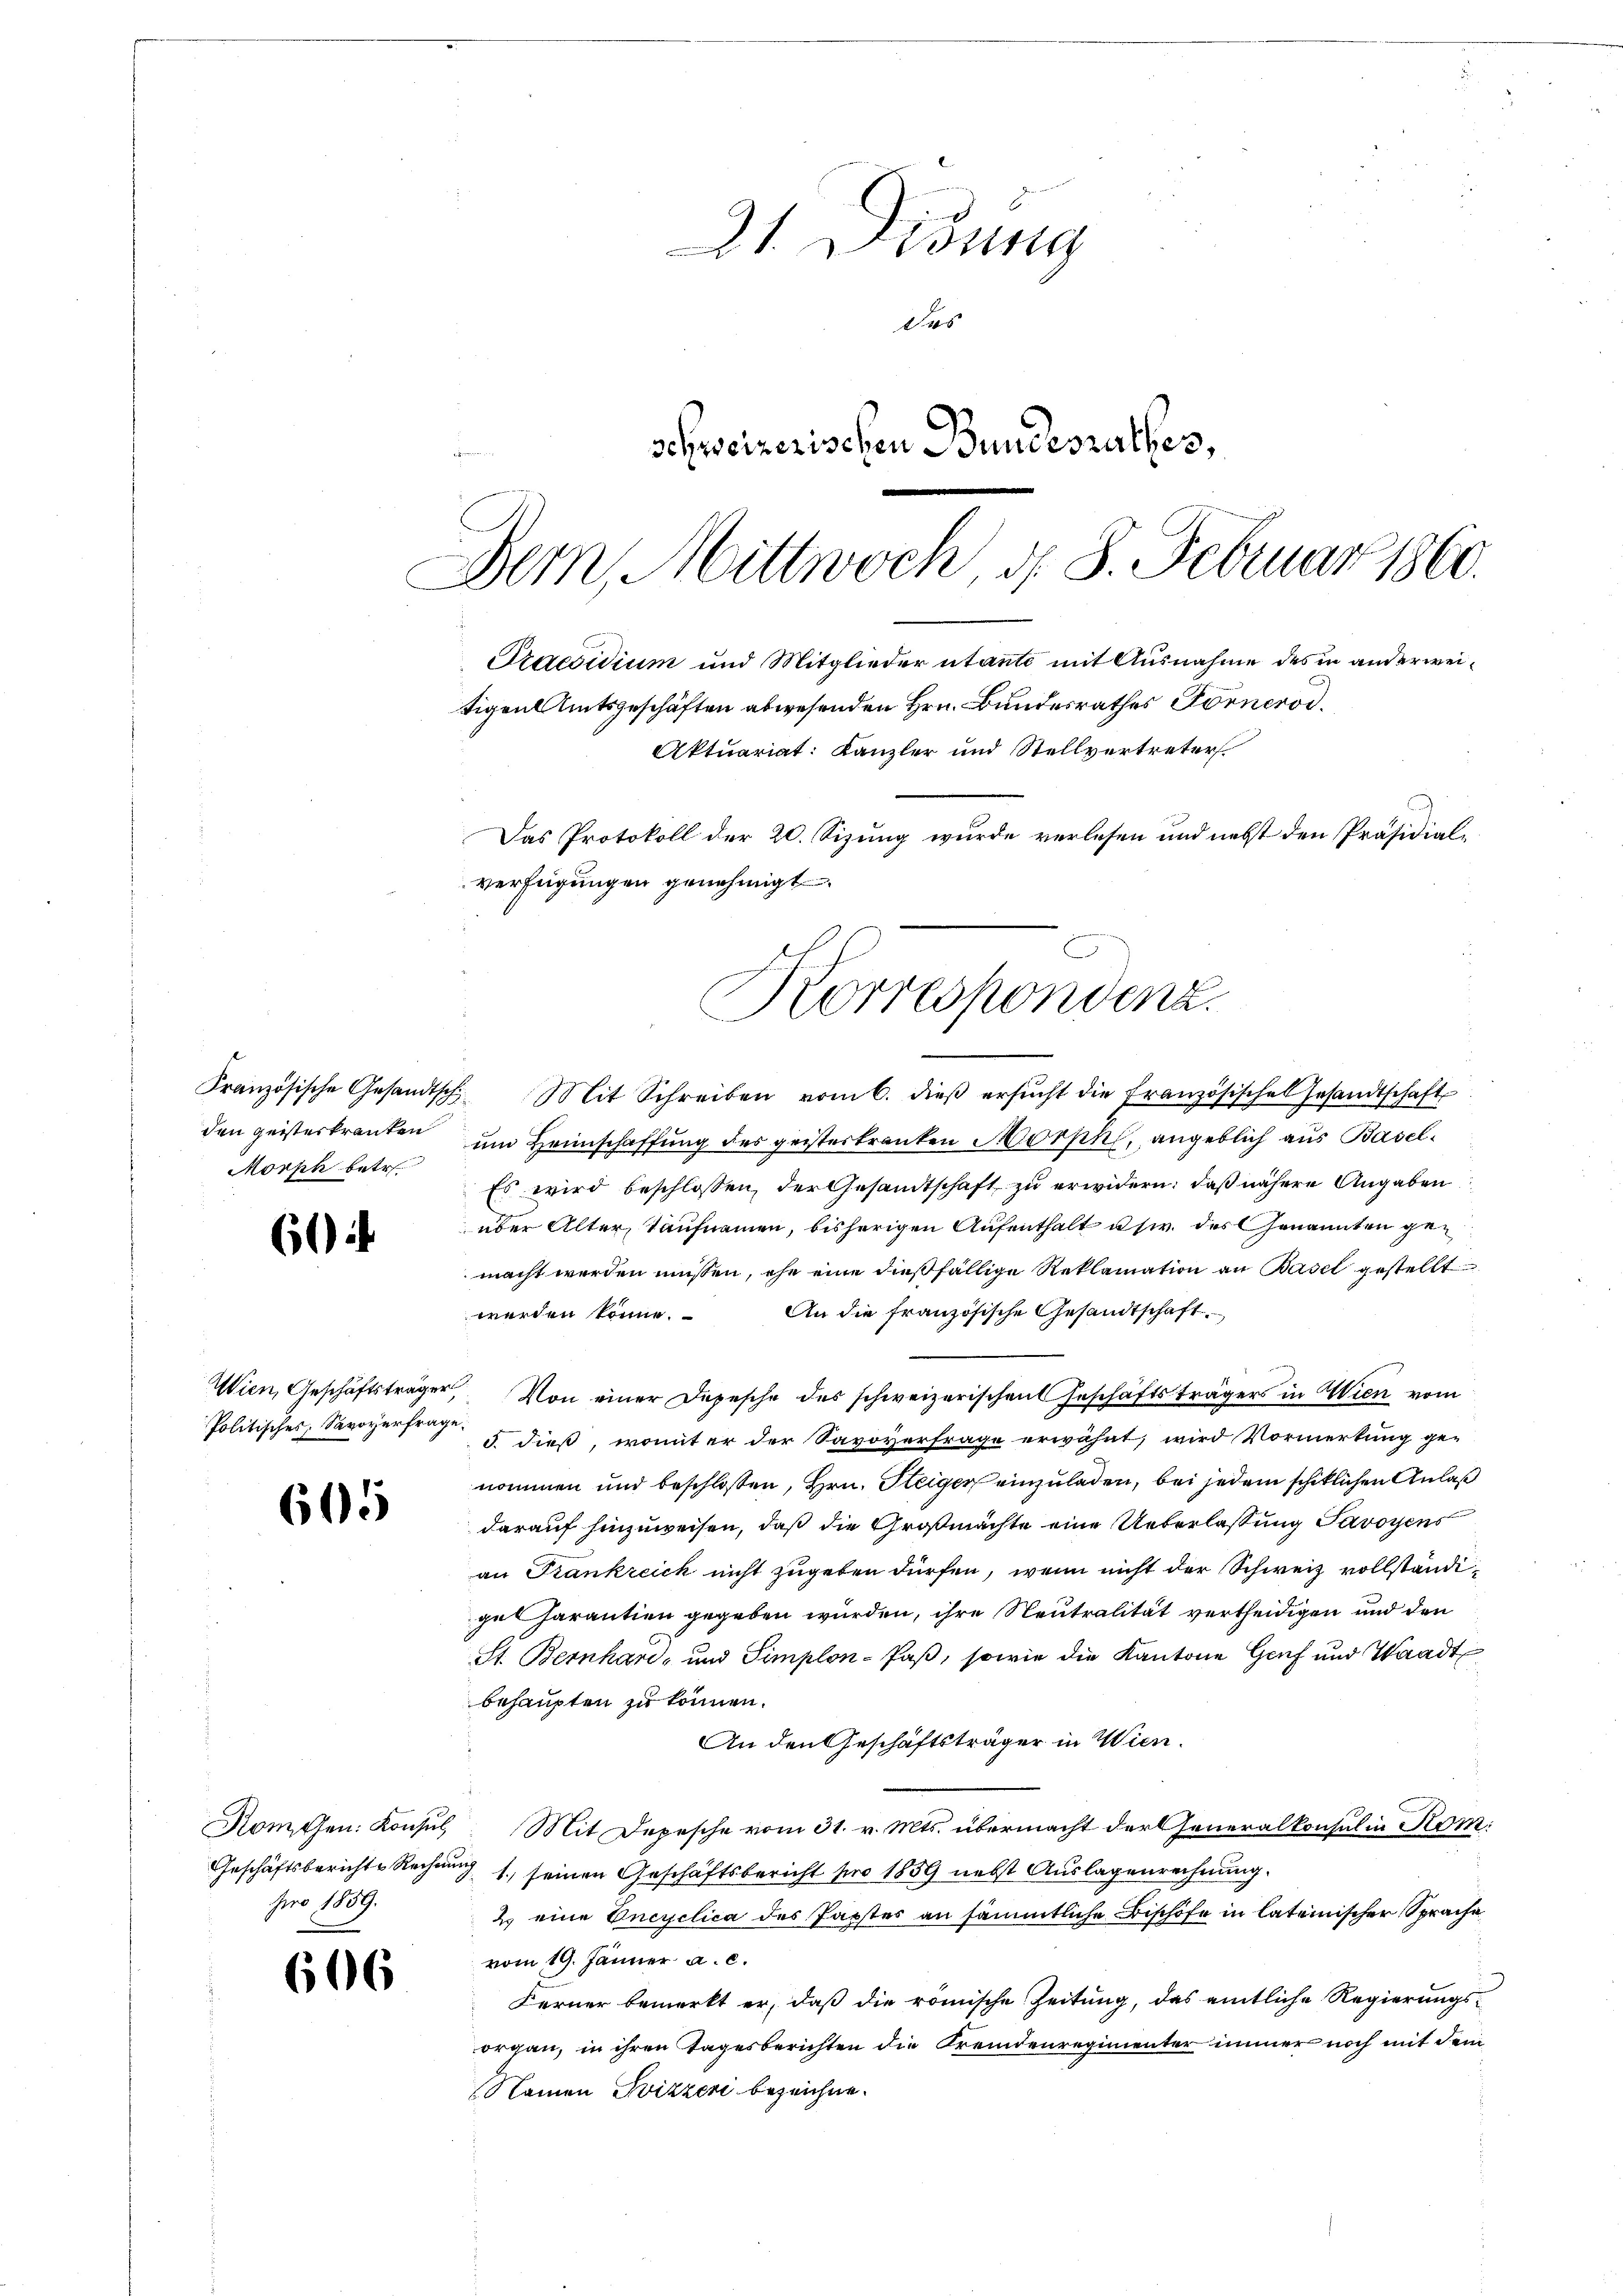
21. Didung
das
schweizerischen Bundesrathes,
Dem Mittwoch d. 8. Februar 1860.

Praesidium und Mitglieder utante mit Ausnahme des in anderweitigen Amtsgeschäften abwesenden Hrn. Bundesrathes Fornerod.
Aktuariat: Kanzler und Stellvertreter
Das Protokoll der 20. Sizung wurde verlesen und nebst den Präsidial¬
Verfügungen genehmigt.
Korrespondenz.

Französische Gesandtsch. Mit Schreiben vom 6. dieβ ersŭcht die Französischel Gesandtschaft
den geistertrauten um Heimschaffung des geisteskranken Morphi, angeblich aus Basel¬
Es wird beschlossen, der Gesandtschaft zu erwidern, daß nähere Angaben
über Alter, Taufnamen, bisherigen Aufenthalt usw. des Genannten geg
macht werden müssen, ehe eine dießfällige Reklamation an Basel gestellt
An die französische Gesandtschaft
werden könne.
Wien, Geschäftsträger Von einer Depesche des schweizerischen Geschäftsträgers in Wien vom
5. dieß, womit er der Savoverfrage erwähnt, wird Vormerkung ge-
nommen und beschlossen, Hrn. Steiger einzuladen, bei jedem schiklichen Anlaß
darauf hinzuweisen, daß die Großmachte eine Ueberlassung Savoyens
an Trankreich nicht zugeben dürfen, wenn nicht der Schweiz vollständige Garantien gegeben würden, ihre Neutralität vertheidigen und den
St. Bernhard- und Simplon-Paß, sowie die Kantone Genf und Waadt
behaupten zu können.
An den Geschäftsträger in Wien.
Komssen: Konsul Mit Depesche vom 31. v. Mts. übermacht der Generalkonsul in Kom
Geschäftsberichts Rechnung 1., seinen Geschäftsbericht pro 1859 nebst Auslagenrechnung.
2. eine Encyclica des Jactes an sämmtliche Bischöfe in lateinischer Sprache
vom 19. Jänner a. c.
Ferner bemerkt er, daß die römische Zeitung, das amtliche Regierungsorgan, in ihren Tagesberichten die Fremdenregimenter immer noch mit dem
Namen Svizzer bezeichne.

Morph betr.

6

Politisches Savoyerfrage.

605

pro 1859.

606